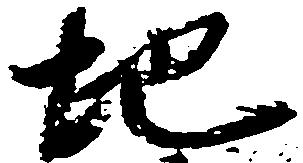
地